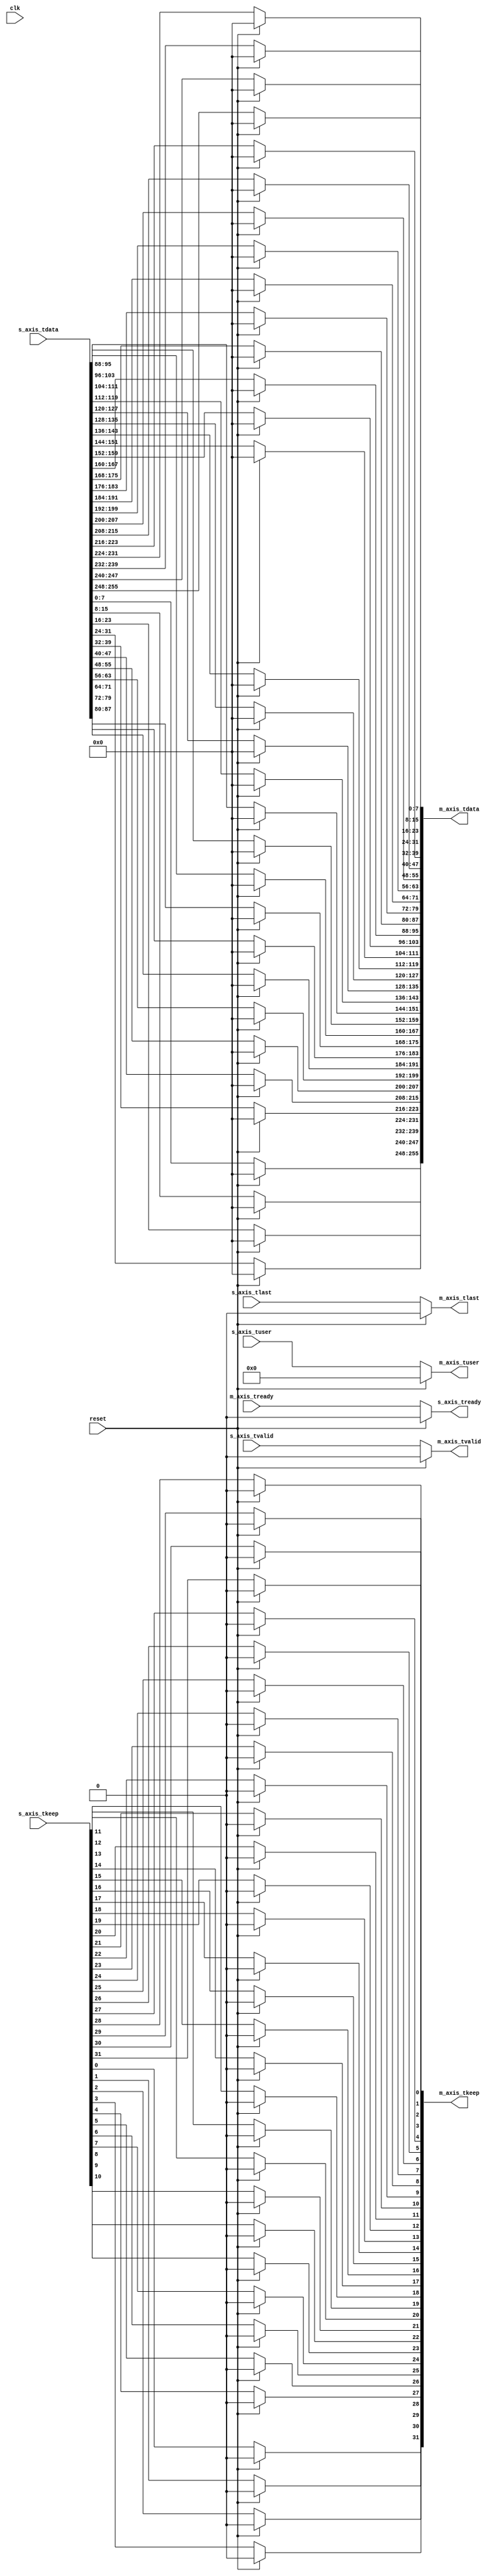
//
// Copyright (C) 2010, 2011 The Board of Trustees of The Leland Stanford
//                          Junior University
// Copyright (C) 2015 Gianni Antichi
// All rights reserved.
//
// This software was developed by
// Stanford University and the University of Cambridge Computer Laboratory
// under National Science Foundation under Grant No. CNS-0855268,
// the University of Cambridge Computer Laboratory under EPSRC INTERNET Project EP/H040536/1 and
// by the University of Cambridge Computer Laboratory under DARPA/AFRL contract FA8750-11-C-0249 ("MRC2"), 
// as part of the DARPA MRC research programme.
//
// @NETFPGA_LICENSE_HEADER_START@
//
// Licensed under the Apache License, Version 2.0 (the "License");
// you may not use this file except in compliance with the License.
// You may obtain a copy of the License at
//
//  http://www.apache.org/licenses/LICENSE-2.0
//
// Unless required by applicable law or agreed to in writing, software
// distributed under the License is distributed on an "AS IS" BASIS,
// WITHOUT WARRANTIES OR CONDITIONS OF ANY KIND, either express or implied.
// See the License for the specific language governing permissions and
// limitations under the License.
//
// @NETFPGA_LICENSE_HEADER_END@
//

module bridge
#(
    parameter C_AXIS_DATA_WIDTH = 256,
    parameter C_AXIS_TUSER_WIDTH = 128,
    parameter NUM_QUEUES = 8,
    parameter NUM_QUEUES_WIDTH = log2(NUM_QUEUES)
)
(
    // Global Ports
    input clk,
    input reset,

    // little endian signals
    input [C_AXIS_DATA_WIDTH-1:0] s_axis_tdata,
    input [(C_AXIS_DATA_WIDTH/8)-1:0] s_axis_tkeep,
    input [C_AXIS_TUSER_WIDTH-1:0] s_axis_tuser,
    input  s_axis_tvalid,
    output reg s_axis_tready,
    input  s_axis_tlast,

    // big endian signals
    output reg [C_AXIS_DATA_WIDTH-1:0] m_axis_tdata,
    output reg[(C_AXIS_DATA_WIDTH/8)-1:0] m_axis_tkeep,
    output reg [C_AXIS_TUSER_WIDTH-1:0] m_axis_tuser,
    output reg  m_axis_tvalid,
    input m_axis_tready,
    output reg  m_axis_tlast

);

    function integer log2;
      input integer number;
      begin
         log2=0;
         while(2**log2<number) begin
            log2=log2+1;
         end
      end
    endfunction // log2

    genvar i;

  /* Generate control signals */
  
  always @(*) begin
    if (reset) begin
      m_axis_tuser = {C_AXIS_TUSER_WIDTH{1'b0}};
      m_axis_tvalid = 0;
      m_axis_tlast = 0;
      s_axis_tready = 0;
    end
    else begin
      m_axis_tuser = s_axis_tuser;
      m_axis_tvalid = s_axis_tvalid;
      m_axis_tlast = s_axis_tlast;
      s_axis_tready = m_axis_tready;
    end
  end

 generate
  for (i=0; i<(C_AXIS_DATA_WIDTH/8); i=i+1) begin: conversion
    always @(*) begin
     if (reset) begin
        m_axis_tdata[(i+1)*8-1:i*8] = 0;
        m_axis_tkeep[i] = 0;
      end
else begin
m_axis_tdata[(i+1)*8-1:i*8] = s_axis_tdata[((C_AXIS_DATA_WIDTH/8)-i)*8-1:((C_AXIS_DATA_WIDTH/8)-(i+1))*8];
        m_axis_tkeep[i] = s_axis_tkeep[(C_AXIS_DATA_WIDTH/8)-i-1];
end
    end
  end
  endgenerate

endmodule